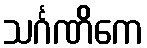
သင်္ဂဏိကေ